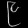
Digit: ၉